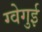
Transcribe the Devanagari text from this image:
ग्वेगुई